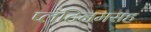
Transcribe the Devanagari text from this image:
प्लॅटिनमसह